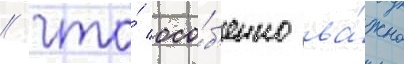
/ что́ осо́б'енно ва́жно